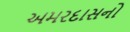
અમરદાસનો